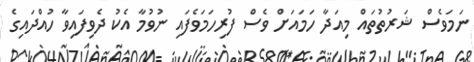
ނަމަވެސް ޝަރުތުތައް މިއަދާ ހަމައަށް ވެސް ފުރިހަމަވެފައި ނުވުމާ އެކު ދެވިފައިވާ ހުއްދައިގެ